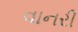
વાનરી